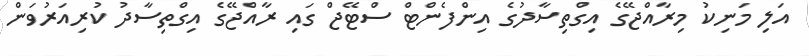
އަލި މަނިކު މިރާއްޖޭގެ އިގްތިސާދުގެ އިންފެންޓް ސްޓޭޖް ގައި ރާއްޖޭގެ އިގްތިސާދު ކުރިއަރުވަން